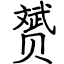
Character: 赟